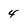
Character: 4